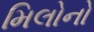
મિલોનો